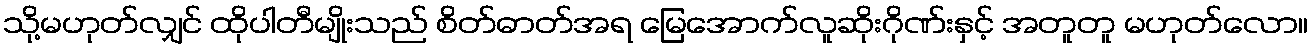
သို့မဟုတ်လျှင် ထိုပါတီမျိုးသည် စိတ်ဓာတ်အရ မြေအောက်လူဆိုးဂိုဏ်းနှင့် အတူတူ မဟုတ်လော။